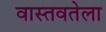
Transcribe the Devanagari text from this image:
वास्तवतेला